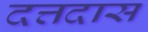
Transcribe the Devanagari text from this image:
दत्तदास